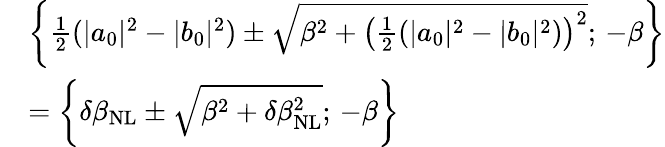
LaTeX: \begin{array}{rl}&{\left\{ \frac{1}{2}(|a_{0}|^{2}-|b_{0}|^{2})\pm\sqrt{\beta^{2}+\left(\frac{1}{2}(|a_{0}|^{2}-|b_{0}|^{2})\right)^{2}};\, -\beta\right\} }\\ &{=\left\{ \delta\beta_{\mathrm{NL}}\pm\sqrt{\beta^{2}+\delta\beta_{\mathrm{NL}}^{2}};\, -\beta\right\} }\end{array}